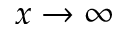
x \rightarrow \infty